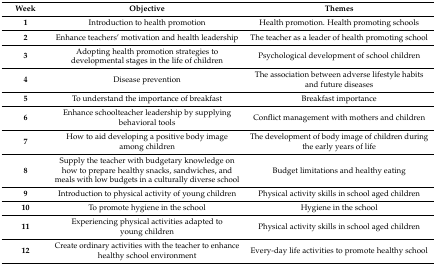
| Week | Objective | Themes |
 | --- | --- | --- |
 | 1 | Introduction to health promotion | Health promotion. Health promoting schools |
 | 2 | Enhance teachers’ motivation and health leadership | The teacher as a leader of health promoting school |
 | 3 | Adopting health promotion strategies to developmental stages in the life of children | Psychological development of school children |
 | 4 | Disease prevention | The association between adverse lifestyle habits and future diseases |
 | 5 | To understand the importance of breakfast | Breakfast importance |
 | 6 | Enhance schoolteacher leadership by supplying behavioral tools | Conflict management with mothers and children |
 | 7 | How to aid developing a positive body image among children | The development of body image of children during the early years of life |
 | 8 | Supply the teacher with budgetary knowledge on how to prepare healthy snacks, sandwiches, and meals with low budgets in a culturally diverse school | Budget limitations and healthy eating |
 | 9 | Introduction to physical activity of young children | Physical activity skills in school aged children |
 | 10 | To promote hygiene in the school | Hygiene in the school |
 | 11 | Experiencing physical activities adapted to young children | Physical activity skills in school aged children |
 | 12 | Create ordinary activities with the teacher to enhance healthy school environment | Every-day life activities to promote healthy school |